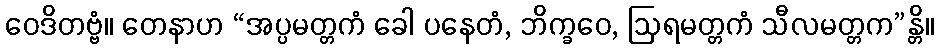
ဝေဒိတဗ္ဗံ။ တေနာဟ “အပ္ပမတ္တကံ ခေါ ပနေတံ, ဘိက္ခဝေ, ဩရမတ္တကံ သီလမတ္တက”န္တိ။